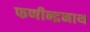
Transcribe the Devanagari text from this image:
फणीन्द्रनाथ